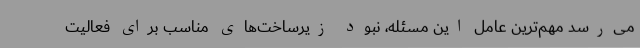
می‌رسد مهم‌ترین عامل این مسئله، نبود زیرساخت‌های مناسب برای فعالیت